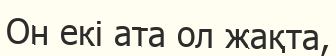
Он екі ата ол жақта,